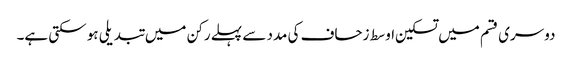
دوسری قسم میں تسکین اوسط زحاف کی مدد سے پہلے رکن میں تبدیلی ہو سکتی ہے۔